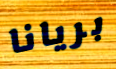
بريانا